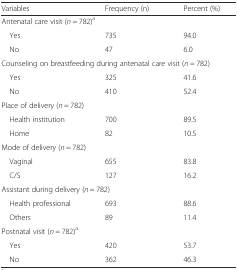
<table><thead><tr><td><b>Variables</b></td><td><b>Frequency (n)</b></td><td><b>Percent (%)</b></td></tr></thead><tbody><tr><td colspan="3">Antenatal care visit (<i>n</i> = 782)<sup>a</sup></td></tr><tr><td> Yes</td><td>735</td><td>94.0</td></tr><tr><td> No</td><td>47</td><td>6.0</td></tr><tr><td colspan="3">Counseling on breastfeeding during antenatal care visit (<i>n</i> = 782)</td></tr><tr><td> Yes</td><td>325</td><td>41.6</td></tr><tr><td> No</td><td>410</td><td>52.4</td></tr><tr><td colspan="3">Place of delivery (<i>n</i> = 782)</td></tr><tr><td> Health institution</td><td>700</td><td>89.5</td></tr><tr><td> Home</td><td>82</td><td>10.5</td></tr><tr><td colspan="3">Mode of delivery (<i>n</i> = 782)</td></tr><tr><td> Vaginal</td><td>655</td><td>83.8</td></tr><tr><td> C/S</td><td>127</td><td>16.2</td></tr><tr><td colspan="3">Assistant during delivery (<i>n</i> = 782)</td></tr><tr><td> Health professional</td><td>693</td><td>88.6</td></tr><tr><td> Others</td><td>89</td><td>11.4</td></tr><tr><td colspan="3">Postnatal visit (<i>n</i> = 782)<sup>a</sup></td></tr><tr><td> Yes</td><td>420</td><td>53.7</td></tr><tr><td> No</td><td>362</td><td>46.3</td></tr></tbody></table>